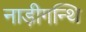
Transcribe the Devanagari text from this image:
नाड़ीगन्थि